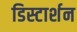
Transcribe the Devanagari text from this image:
डिस्टार्शन